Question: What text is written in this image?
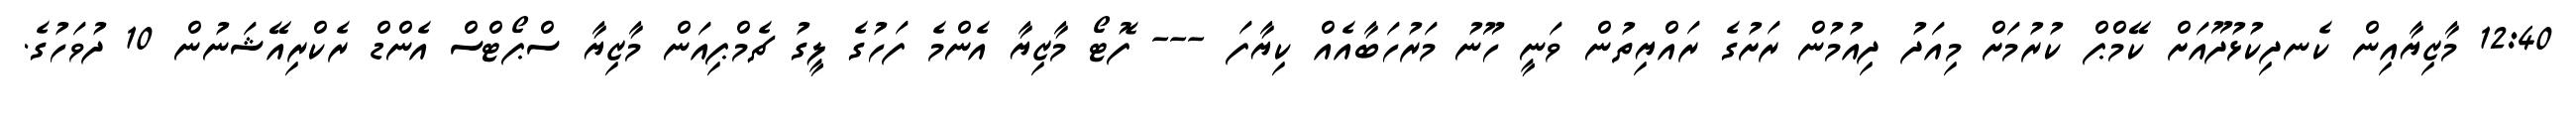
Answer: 12:40 މާޒިޔާއިން ކެނދިކުޅުދޫއަށް ކޭމްޕް ކުރުމަށް މިއަދު ދިއުމުން ރަށުގެ ރައްޔިތުން ވަނީ ހޫނު މަރުހަބާއެއް ކިޔާފަ --- ފޮޓޯ މާޒިޔާ އެންމެ ފަހުގެ ލީގު ޗެމްޕިއަން މާޒިޔާ ސްޕޯޓްސް އެންޑް ރެކްރިއޭޝަނުން 10 ދުވަހުގެ.